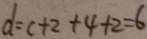
d = c + 2 + 4 + 2 = 6